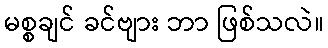
မစ္စချင် ခင်ဗျား ဘာ ဖြစ်သလဲ။